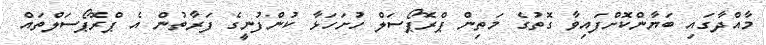
މާއްދާގައި ބަޔާންކޮށްފައިވާ ގޮތުގެ މަތިން ޕްރޮޕޯސަލް ހުށަހަޅާ ކުންފުނީގެ ފަރާތުން އެ ޕްރޮޕޯސަލްތައް